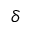
\delta